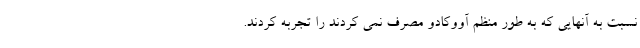
نسبت به آنهایی که به طور منظم آووکادو مصرف نمی کردند را تجربه کردند.